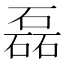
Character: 磊